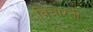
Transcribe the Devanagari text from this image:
विचारती